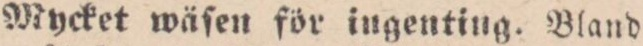
Mycket wäſen för ingenting. Bland